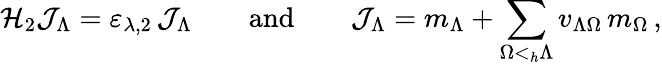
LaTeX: {\mathcal H}_{2}{\mathcal J}_{\Lambda}=\varepsilon_{\lambda,2}\, {\mathcal J}_{\Lambda}\qquad\mathrm{and}\qquad{\mathcal J}_{\Lambda}=m_{\Lambda}+\sum_{\Omega<_{h}\Lambda}v_{\Lambda\Omega}\, m_{\Omega}\, ,